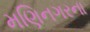
મણિનગરના